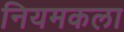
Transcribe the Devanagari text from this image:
नियमकला